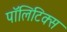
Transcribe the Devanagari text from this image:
पाॅलिटिक्स